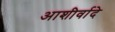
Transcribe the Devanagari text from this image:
आशीर्वादे